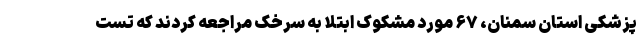
پزشکی استان سمنان، ۶۷ مورد مشکوک ابتلا به سرخک مراجعه کردند که تست